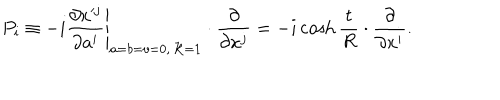
P _ { i } \equiv - i \left. \frac { \partial x ^ { j } } { \partial a ^ { i } } \right| _ { a = b = v = 0 , \, { \cal R } = 1 } \cdot \frac { \partial } { \partial x ^ { j } } = - i \cosh \frac { t } { R } \cdot \frac { \partial } { \partial x ^ { i } } .